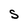
Character: S